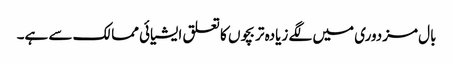
بال مزدوری میں لگے زیادہ تر بچوں کا تعلق ایشیائی ممالک سے ہے۔